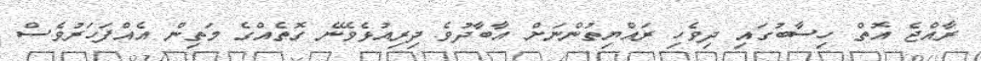
ރާއްޖެ އޮތް ހިސާބުގައި ދިވެހި ރައްޔިތުންނަށް އާބާދުވެ ދިރިއުޅެވޭނެ ގޮތެއްގެ މަތިން އެއްފަހަރުވެސް